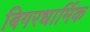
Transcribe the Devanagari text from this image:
बिगरधार्मिक